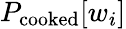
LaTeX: P_{\textrm{cooked}}[w_{i}]